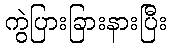
ကွဲပြားခြားနားပြီး